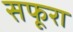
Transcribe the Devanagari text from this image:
सफूरा